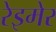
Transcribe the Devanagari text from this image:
रेइमेर